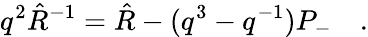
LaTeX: q^{2}\hat{R}^{-1}=\hat{R}-(q^{3}-q^{-1})P_{-}\quad.